Report on metropolitan horse fairs and district horse shows of 1891-92 - 1891-1892
Year: 1891
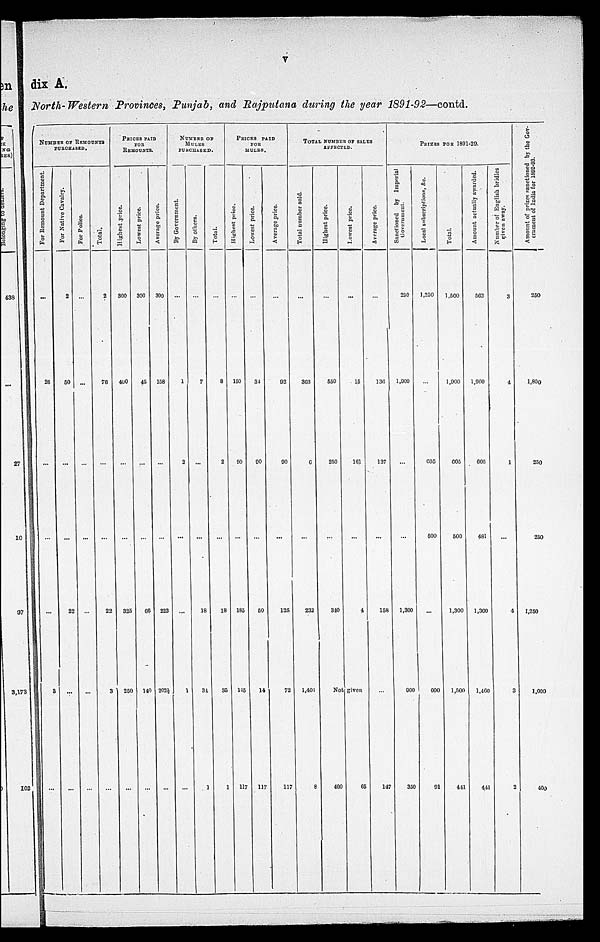
V
dix A.
North-Western Provinces, Punjab, and Rajputana during the year 1891-92—contd.
NUMBER OF REMOUNTS
PURCHASED.
For Re mo u n t Department.
...
26
...
...
...
3
...
For Native Cavalry.
2
50
...
...
22
...
...
For Police.
...
...
...
...
...
...
...
Total.
2
76
...
...
22
3
...
PRICES PAID
FOR
REMOUNTS.
Highest price.
300
400
...
...
325
250
...
Lowest price.
300
45
...
...
66
140
...
Average price.
300
158
...
...
223
202½
...
NUMBER OF
MULES
PURCHASED.
By Government.
...
1
2
...
...
1
...
By others.
...
7
...
...
18
34
1
Total.
...
8
2
...
18
35
1
PRICES PAID
FOR
MULES.
Highest price.
...
150
90
...
185
145
117
Lowest price.
...
34
90
...
50
14
117
Average price.
...
92
90
...
125
72
117
TOTAL NUMBER OF SALES
AFFECTED.
Total number sold.
...
363
6
...
232
1,401
8
Highest price.
...
550
250
...
340
Not
400
Lowest price.
...
15
161
...
4
given
65
Average price.
...
136
137
...
158
...
147
PRIZES FOR 1891-29.
Sanctioned by Imperial
Government.
250
1,900
...
...
1,300
900
350
Local subscriptions, &c.
1,250
...
605
500
...
600
91
Total.
1,500
1,900
605
500
1,300
1,500
441
Amount actually awarded.
563
1,900
605
481
1,300
1,460
441
Number of English bridles
given away.
3
4
1
...
4
3
2
Amount of prizes sanctioned by the Gov-
ernment of India for 1892-93.
250
1,800
250
250
1,250
1,000
400